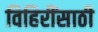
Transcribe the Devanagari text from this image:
विहिरींसाठी